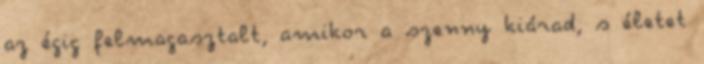
az égig felmagasztalt, amikor a szenny kiárad, s életet